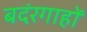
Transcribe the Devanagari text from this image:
बदंरगाहों